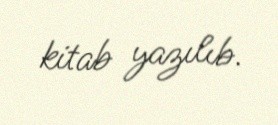
kitab yazılıb.